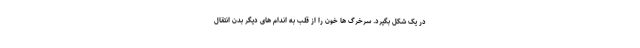
در یک شکل بگیرد. سرخرگ ها خون را از قلب به اندام های دیگر بدن انتقال